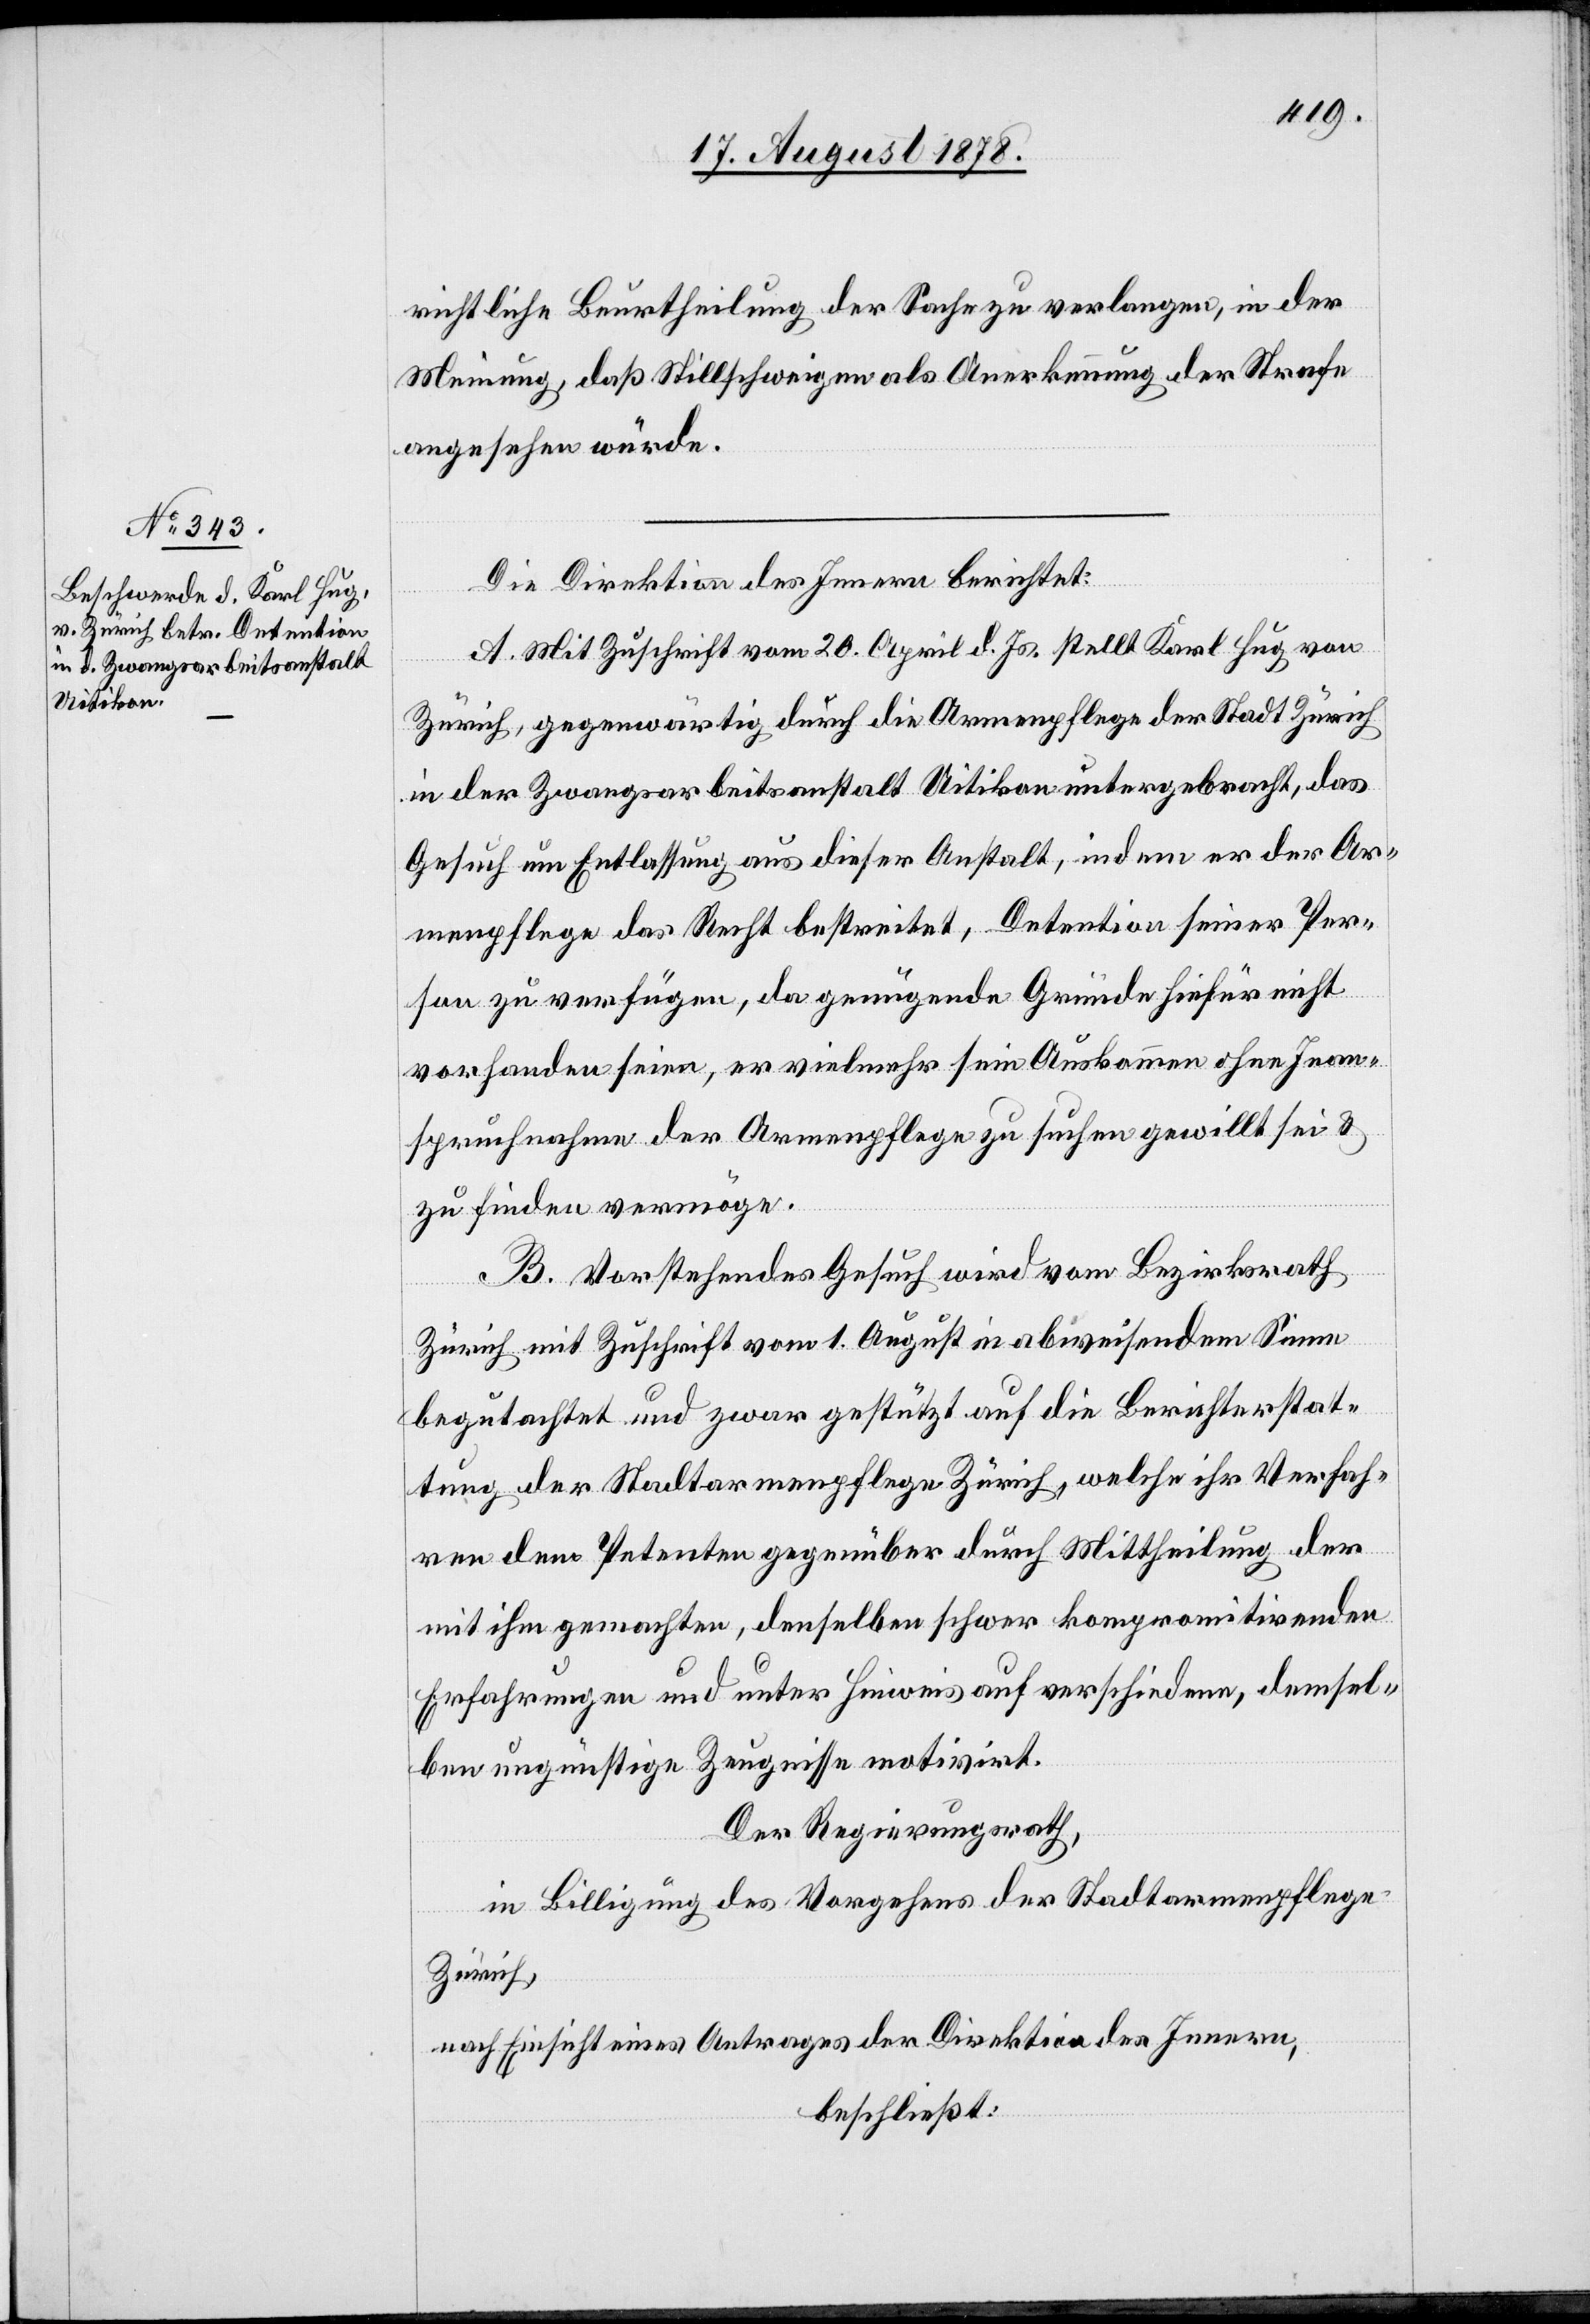
richtliche Beurtheilung der Sache zu verlangen, in der
Meinung, daß Stillschweigen als Anerkennung der Strafe
angesehen würde.
Die Direktion des Innern berichtet:
A. Mit Zuschrift vom 20. April d. Js. stellt Karl Hug von
Zürich, gegenwärtig durch die Armenpflege der Stadt Zürich
in der Zwangsarbeitsanstalt Uitikon untergebracht, das
Gesuch um Entlassung aus dieser Anstalt, indem er der Ar¬
menpflege das Recht bestreitet, Detention seiner Per¬
son zu verfügen, da genügende Gründe hiefür nicht
vorhanden seien, er vielmehr sein Auskommen ohne Inan¬
spruchnahme der Armenpflege zu suchen gewillt sei &
zu finden vermöge.
B. Vorstehendes Gesuch wird vom Bezirksrath
Zürich mit Zuschrift vom 1. August in abweisendem Sinne
begutachtet und zwar gestützt auf die Berichterstat¬
tung der Stadtarmenpflege Zürich, welche ihr Verfah¬
ren den Petenten gegenüber durch Mittheilung der
mit ihm gemachten, denselben schwer kompromitirenden
Erfahrungen und unter Hinweis auf verschiedene, demsel¬
ben ungünstige Zeugnisse motivirt.
Der Regierungsrath,
in Billigung des Vorgehens der Stadtarmenpflege
Zürich,
nach Einsicht eines Antrages der Direktion des Innern,
beschließt: